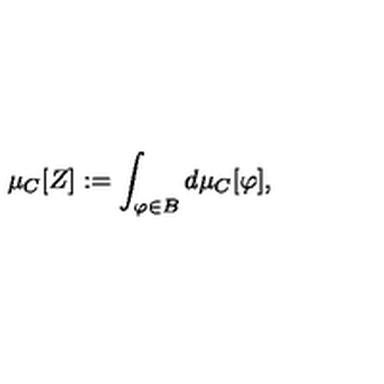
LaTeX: \mu _ { C } [ Z ] : = \int _ { \varphi \in B } d \mu _ { C } [ \varphi ] ,